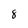
Character: 8